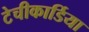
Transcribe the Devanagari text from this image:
टेचीकार्डिया